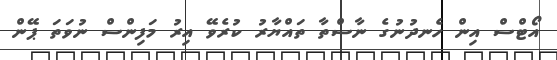
އޯޓްސް އިން ހެނދުނުގެ ނާސްތާ ތައްޔާރު ކުރެވޭ އިރު މަފިންސް ނުވަތަ ޕޭން